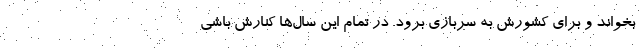
بخواند و برای کشورش به سربازی برود. در تمام این سال‌ها کنارش باشی